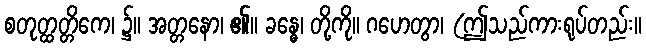
စတုတ္ထတ္တိကေ၊ ၌။ အတ္တနော၊ ၏။ ခန္ဓေ၊ တို့ကို။ ဂဟေတွာ၊ (ဤသည်ကားရုပ်တည်း။